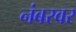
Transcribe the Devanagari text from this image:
नंबरवर